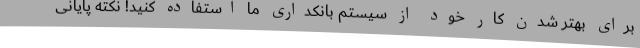
برای بهتر شدن کار خود از سیستم بانکداری ما استفاده کنید! نکته پایانی